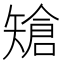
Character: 𥏲